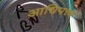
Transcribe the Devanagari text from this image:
आधिपत्त्व